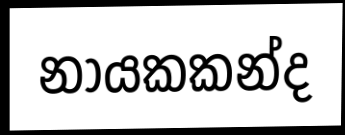
නායකකන්ද